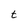
Character: t